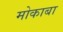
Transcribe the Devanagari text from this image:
मोकाबा